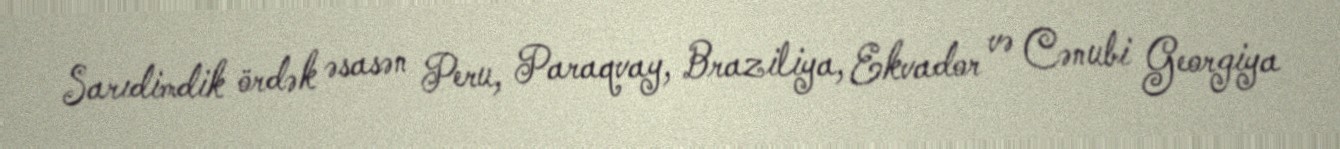
Sarıdimdik ördək əsasən Peru, Paraqvay, Braziliya, Ekvador və Cənubi Georgiya